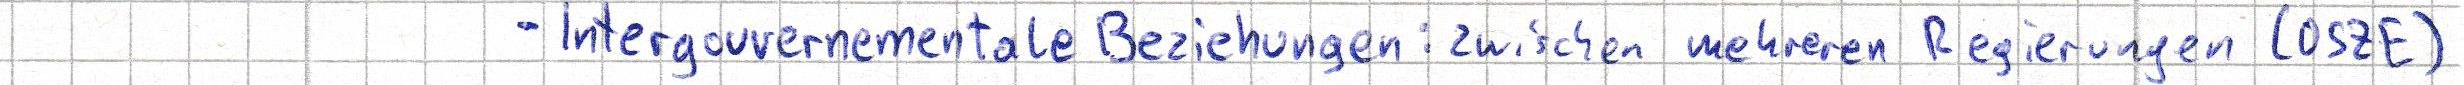
- Intergouvernementale Beziehungen: zwischen mehreren Regierungen (OSZE)